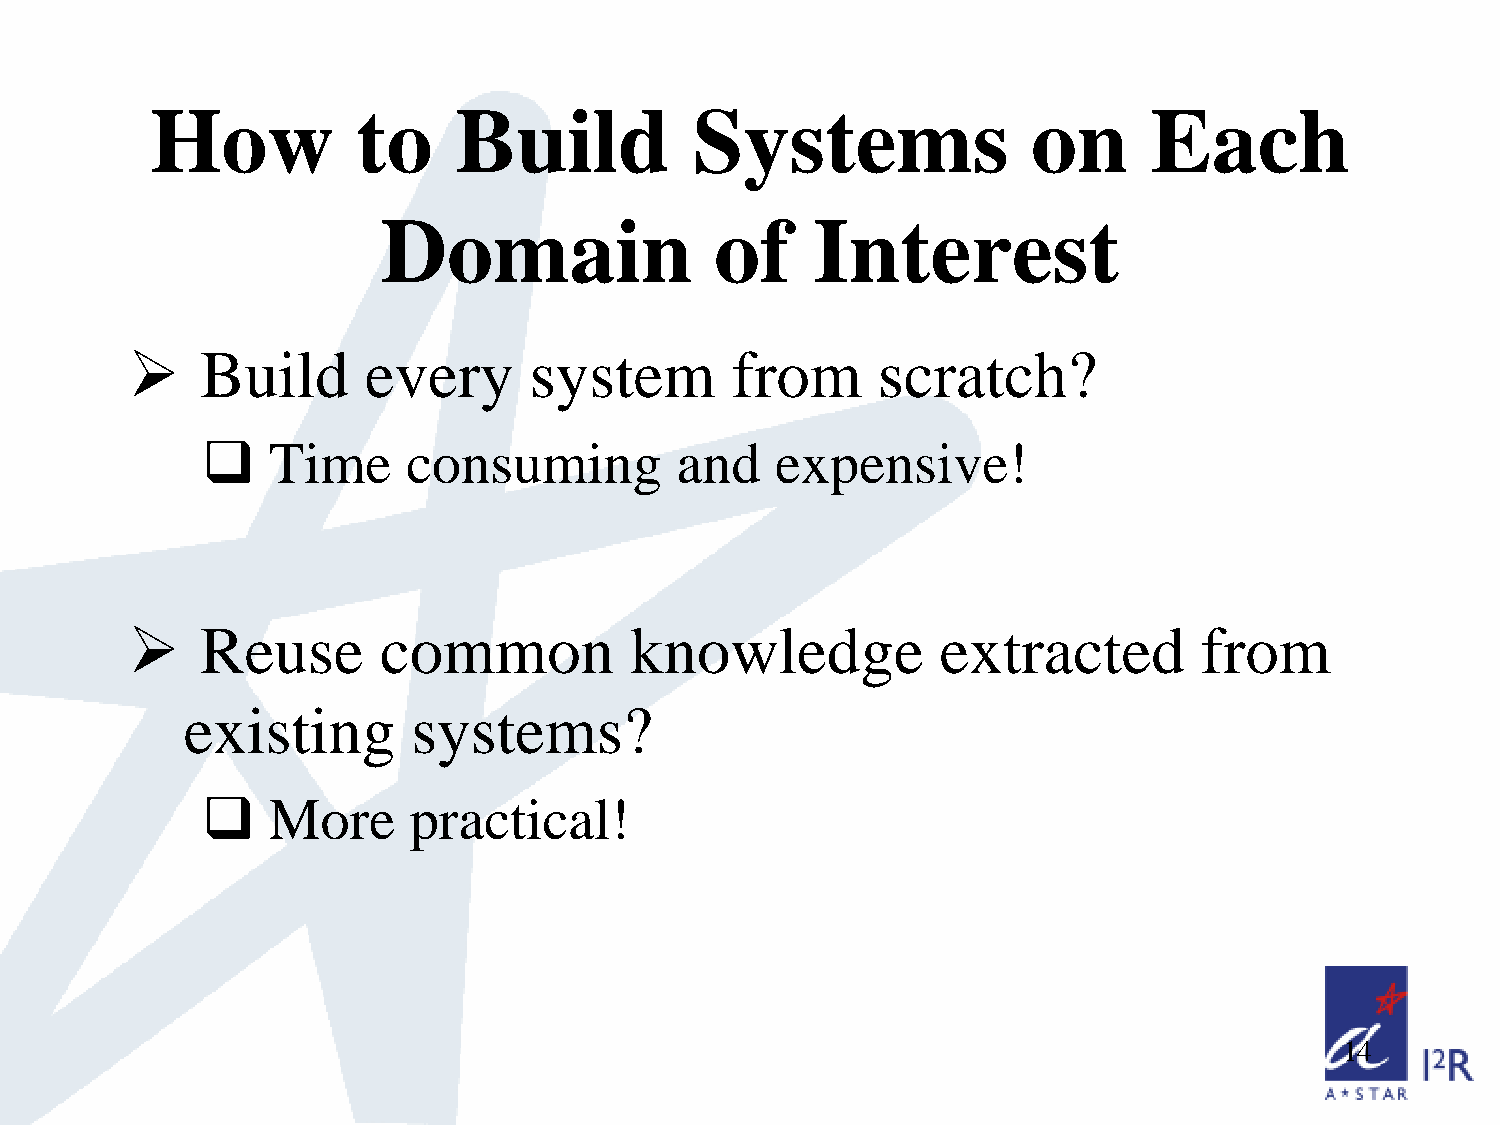
How           to    Build           Systems               on      Each
 Domain                of     Interest
     Build      every      system       from      scratch?
     Time     consuming         and   expensive!
     Reuse       common           knowledge           extracted         from
 existing       systems?
     More     practical!
 14